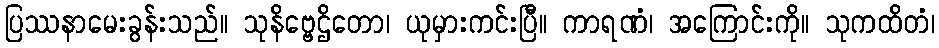
ပြဿနာမေးခွန်းသည်။ သုနိဗ္ဗေဌိတော၊ ယုမှားကင်းပြီ။ ကာရဏံ၊ အကြောင်းကို။ သုကထိတံ၊